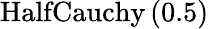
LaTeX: \mathrm{HalfCauchy}\left(0.5\right)